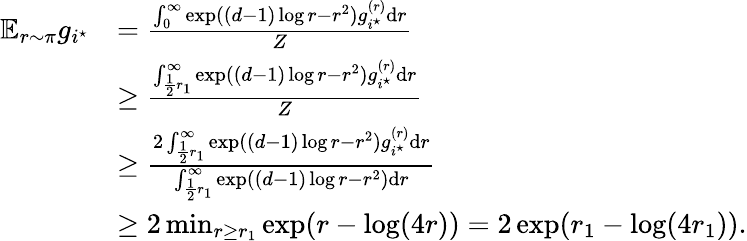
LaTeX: \begin{array}{rl}{\mathbb{E}_{r\sim\pi}g_{i^{\star}}}&{=\frac{\int_{0}^{\infty}{\exp((d-1)\log r-r^{2})g_{i^{\star}}^{(r)}}\textup{d}r}{Z}}\\ &{\geq\frac{\int_{\frac 12r_{1}}^{\infty}{\exp((d-1)\log r-r^{2})g_{i^{\star}}^{(r)}}\textup{d}r}{Z}}\\ &{\geq\frac{2\int_{\frac 12r_{1}}^{\infty}{\exp((d-1)\log r-r^{2})g_{i^{\star}}^{(r)}}\textup{d}r}{\int_{\frac 12r_{1}}^{\infty}{\exp((d-1)\log r-r^{2})\textup{d}r}}}\\ &{\geq 2\operatorname*{min}_{r\geq r_{1}}\exp(r-\log(4r))=2\exp(r_{1}-\log(4r_{1})).}\end{array}